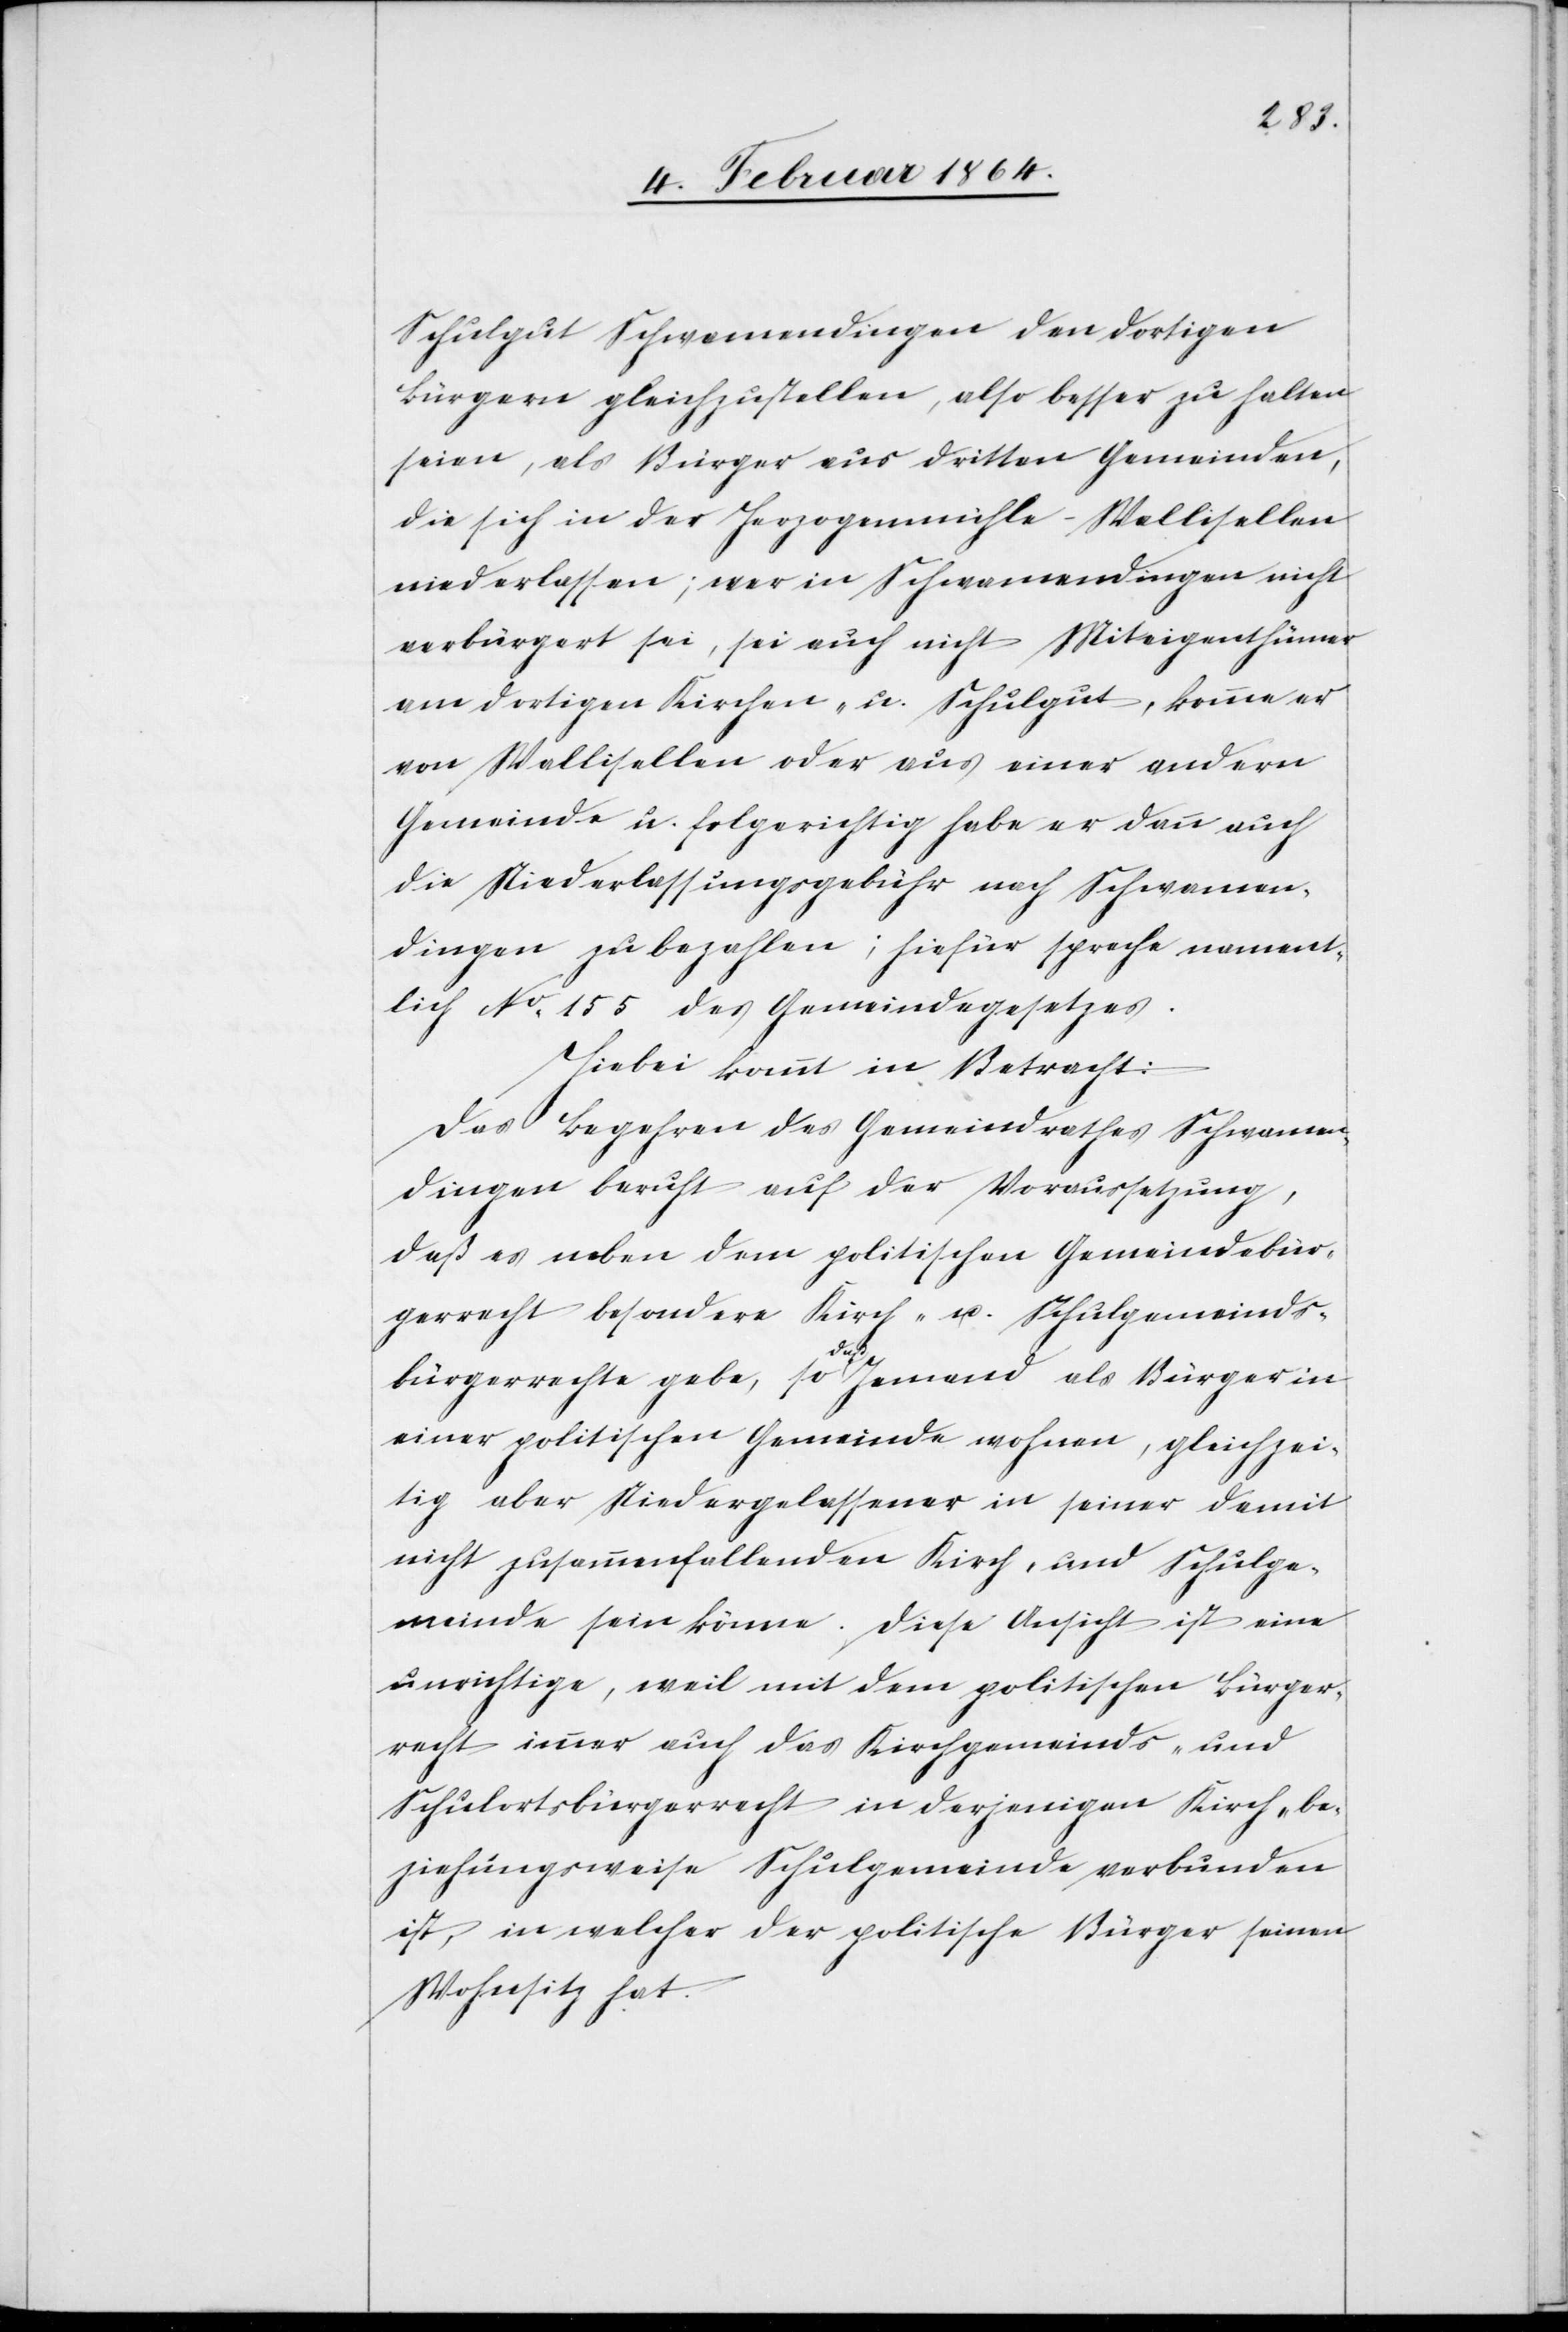
Schulgut Schwamendingen den dortigen
Bürgern gleichzustellen, also besser zu halten
seien, als Bürger aus dritten Gemeinden,
die sich in der Herzogenmühle-Wallisellen
niederlassen; wer in Schwamendingen nicht
verbürgert sei, sei auch nicht Miteigenthümer
am dortigen Kirchen- u. Schulgut, komme er
von Wallisellen oder aus einer andern
Gemeinde u. folgerichtig habe er dann auch
die Niederlassungsgebühr nach Schwamen¬
dingen zu bezahlen; hiefür spreche nament¬
lich No 155 des Gemeindegesetzes.
Hiebei kommt in Betracht:
Das Begehren des Gemeindrathes Schwamen¬
dingen beruht auf der Voraussetzung,
daß es neben dem politischen Gemeindebür¬
gerrecht besondere Kirch- u. Schulgemeinds¬
bürgerrechte gebe, so daß Jemand als Bürger in
einer politischen Gemeinde wohnen, gleichzei¬
tig aber Niedergelassener in seiner damit
nicht zusammenfallenden Kirch- und Schulge¬
meinde sein könne. Diese Ansicht ist eine
unrichtige, weil mit dem politischen Bürger¬
recht immer auch das Kirchgemeinds- und
Schulortsbürgerrecht in derjenigen Kirch- be¬
ziehungsweise Schulgemeinde verbunden
ist, in welcher der politische Bürger seinen
Wohnsitz hat.